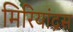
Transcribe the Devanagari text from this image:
मिरियांद्रस